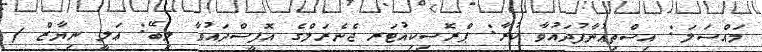
މައްސަލަ: އިސްތިޢުނާފުދައުވާ ކުރާ: ޕްރޮސިކިއުޓަރ ޖެނެރަލްގެ އޮފީސްދައުވާ ލިބޭ: ޢަލީ ނިޔާޒް /